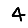
Digit: 4